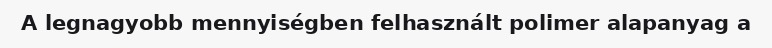
A legnagyobb mennyiségben felhasznált polimer alapanyag a